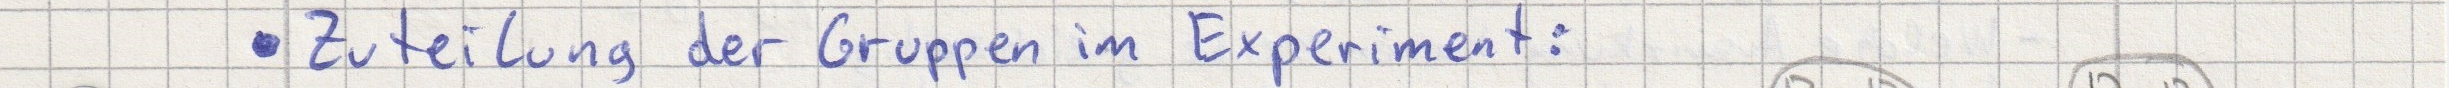
- Zuteilung der Gruppen im Experiment: